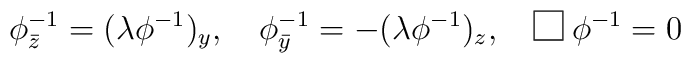
\phi^{-1}_{\bar z}=(\lambda \phi^{-1})_y,\quad\phi^{-1}_{\bar y}=-(\lambda \phi^{-1})_z,\quad \framebox(10,10){}\;\phi^{-1}=0